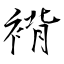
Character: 褙